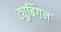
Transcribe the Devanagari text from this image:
ट्युबिंगन